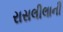
રાસલીલાની